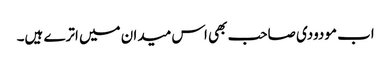
اب مودودی صاحب بھی اس میدان میں اترے ہیں۔